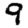
Digit: 9